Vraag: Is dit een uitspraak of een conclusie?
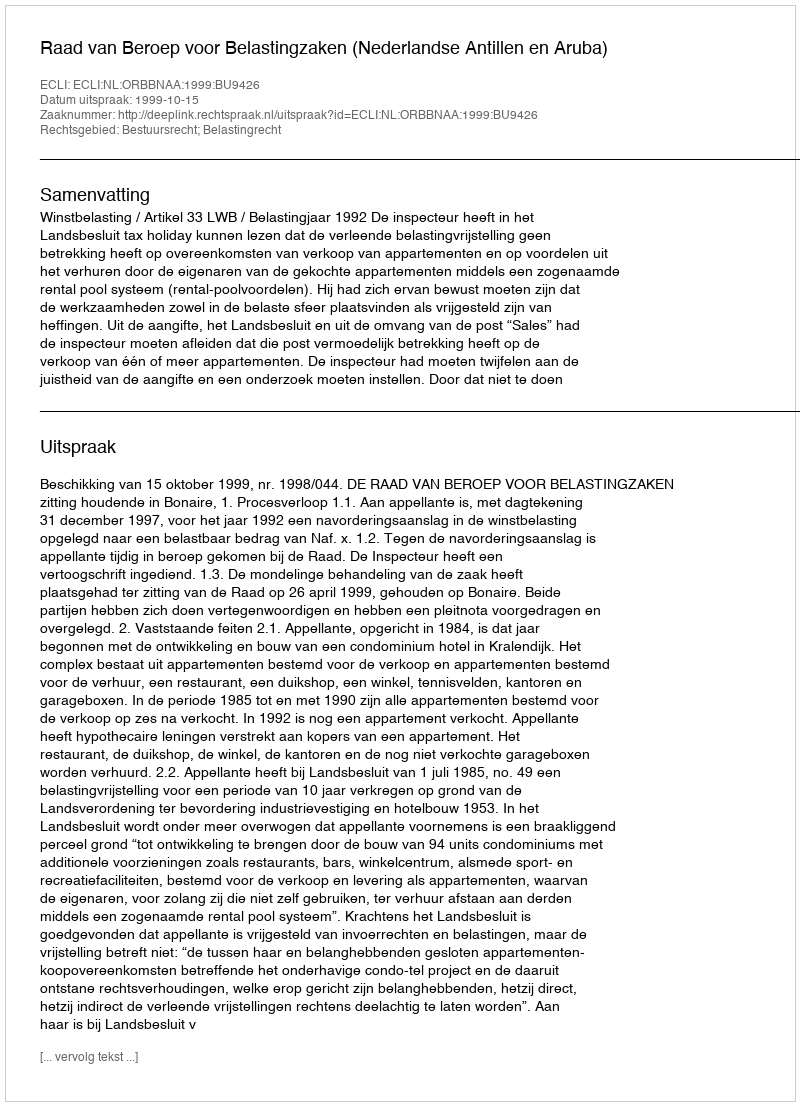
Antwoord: Uitspraak